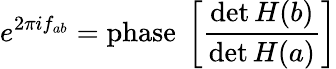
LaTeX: e^{2\pi if_{ab}}=\mathrm{phase~}\left[\frac{\operatorname*{det}H(b)}{\operatorname*{det}H(a)}\right]